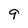
Character: 9